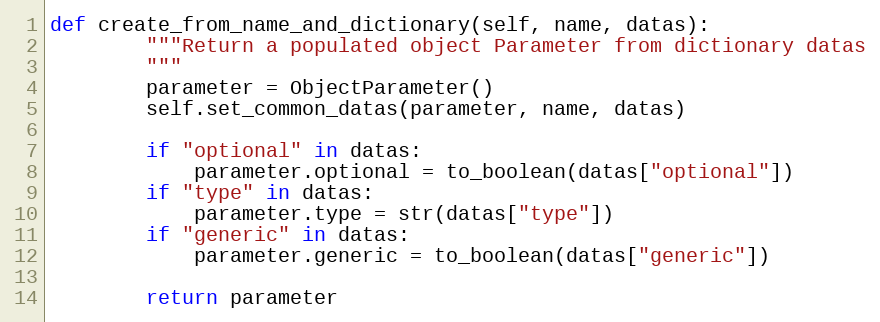
Language: Python
def create_from_name_and_dictionary(self, name, datas):
        """Return a populated object Parameter from dictionary datas
        """
        parameter = ObjectParameter()
        self.set_common_datas(parameter, name, datas)

        if "optional" in datas:
            parameter.optional = to_boolean(datas["optional"])
        if "type" in datas:
            parameter.type = str(datas["type"])
        if "generic" in datas:
            parameter.generic = to_boolean(datas["generic"])

        return parameter